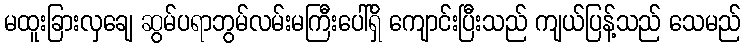
မထူးခြားလှချေ ဆွမ်ပရာဘွမ်လမ်းမကြီးပေါ်ရှိ ကျောင်းပြီးသည် ကျယ်ပြန့်သည် သေမည်